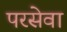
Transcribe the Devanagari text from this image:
परसेवा